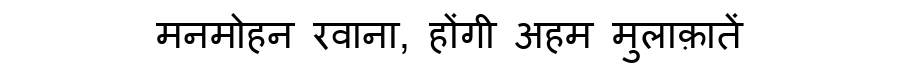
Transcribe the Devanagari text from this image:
मनमोहन रवाना, होंगी अहम मुलाक़ातें